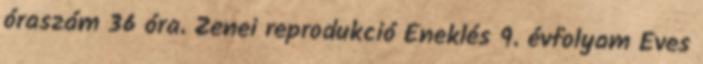
óraszám 36 óra. Zenei reprodukció Éneklés 9. évfolyam Éves